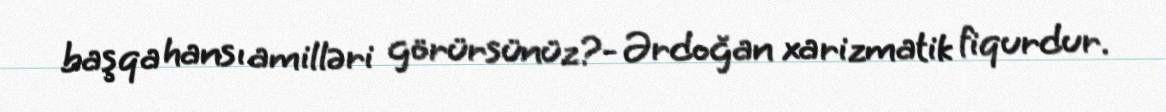
başqa hansı amilləri görürsünüz?- Ərdoğan xarizmatik fiqurdur.